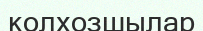
колхозшылар